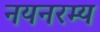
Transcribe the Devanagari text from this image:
नयनरम्‍य